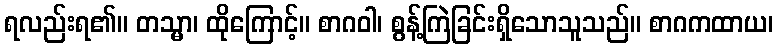
ရလည်းရ၏။ တသ္မာ၊ ထိုကြောင့်။ စာဂဝါ၊ စွန့်ကြဲခြင်းရှိသောသူသည်။ စာဂကထာယ၊